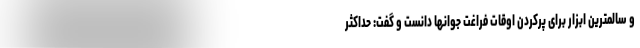
و سالمترین ابزار برای پرکردن اوقات فراغت جوانها دانست و گفت: حداکثر